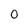
Character: 0